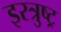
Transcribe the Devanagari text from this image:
इरत्रुष्ट्र